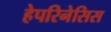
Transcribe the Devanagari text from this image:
हेपरिनेसिस